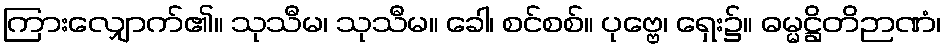
ကြားလျှောက်၏။ သုသီမ၊ သုသီမ။ ခေါ၊ စင်စစ်။ ပုဗ္ဗေ၊ ရှေး၌။ ဓမ္မဋ္ဌိတိဉာဏံ၊